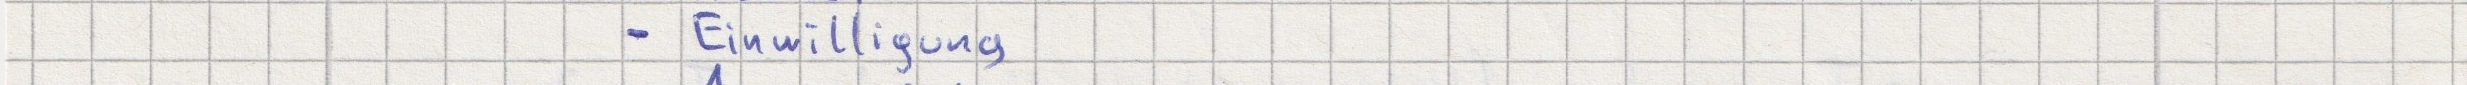
- Einwilligung